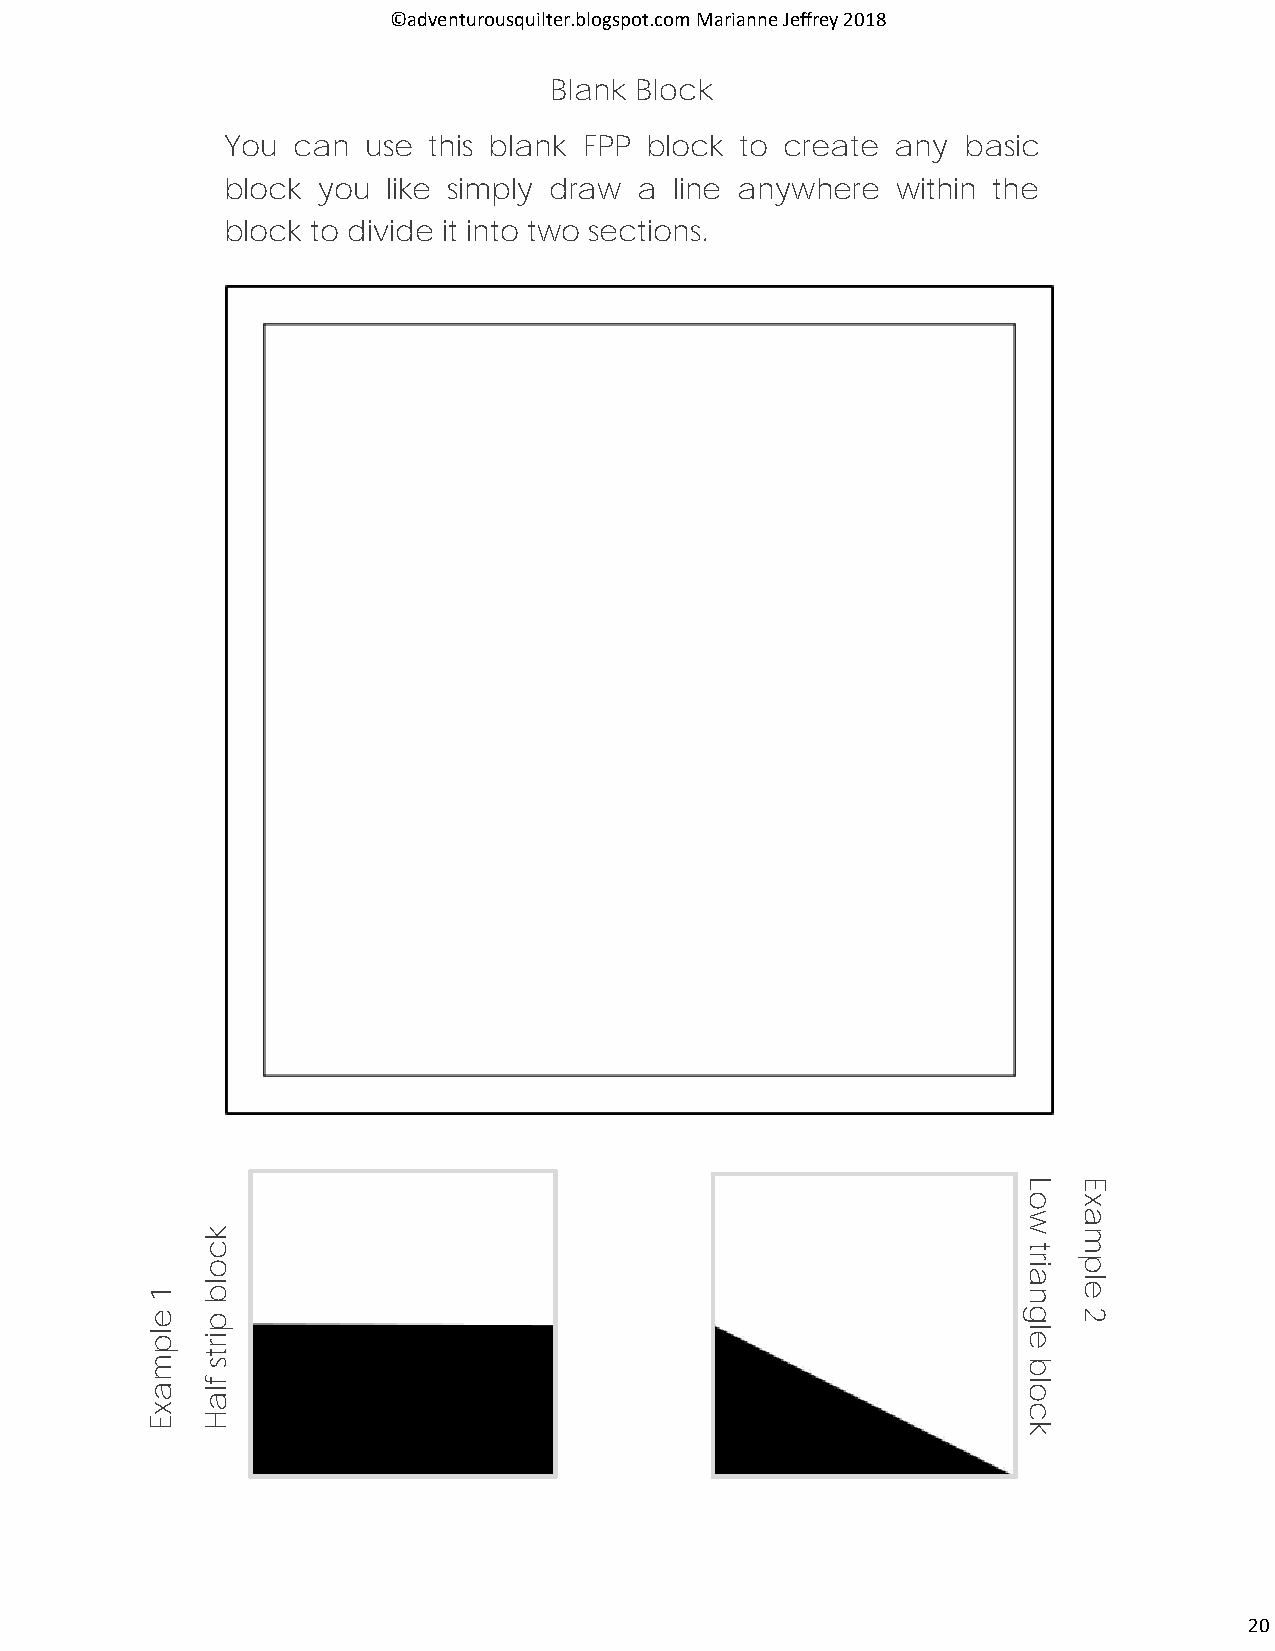
©adventurousquilter.blogspot.com Marianne Jeffrey 2018
 Blank Block
 You can  use this blank FPP block to create any  basic
 block you  like simply draw a line anywhere within the
 block to divide it into two sections.
 L  E
 o  x
 w  a
 k                                                         m
 c                                                      t
 1
 o
 lb
 nair elp
 e  p                                                      g  2
 lp ir                                                     el
 m
 t
 s                                                      b
 a  f la                                                   ol
 x                                                         c
 E  H                                                      k
 20